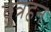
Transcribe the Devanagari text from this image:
वृत्रहन्